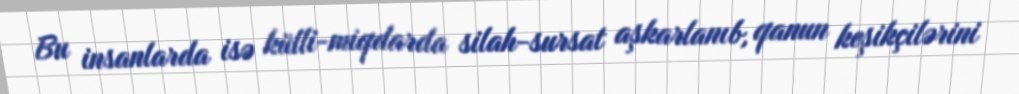
Bu insanlarda isə külli-miqdarda silah-sursat aşkarlanıb, qanun keşikçilərini